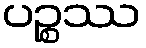
ပဉ္စဿ